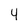
Character: 4